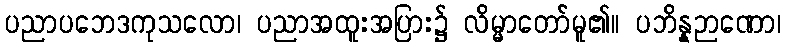
ပညာပဘေဒကုသလော၊ ပညာအထူးအပြား၌ လိမ္မာတော်မူ၏။ ပဘိန္နဉာဏော၊